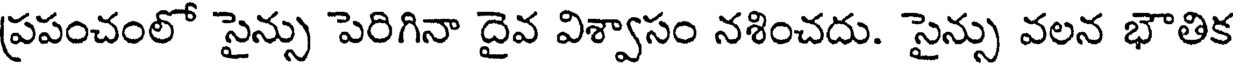
ప్రపంచంలో సైన్సు పెరిగినా దైవ విశ్వాసం నశించదు. సైన్సు వలన భౌతిక